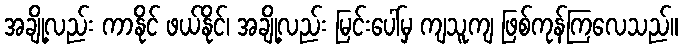
အချို့လည်း ကာနိုင် ဖယ်နိုင်၊ အချို့လည်း မြင်းပေါ်မှ ကျသူကျ ဖြစ်ကုန်ကြလေသည်။